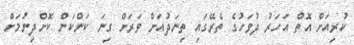
ކުރިއަށް އޮތް އަހަރު ދުވަހުގެ ތެރޭގައި ތިނަދުއަށް ވަރަށް ގިނަ ކަންކަން ކޮށްދިނުމަށް